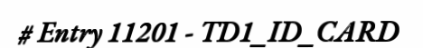
# Entry 11201 - TD1_ID_CARD